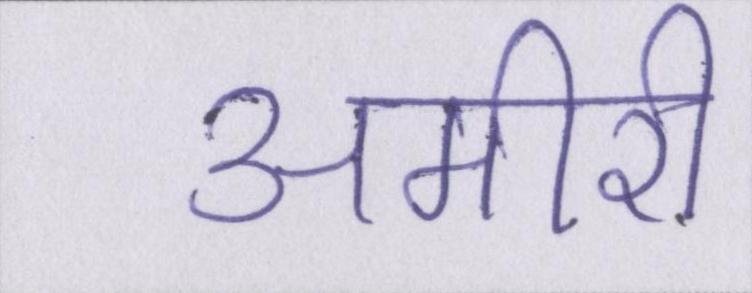
अमीरी